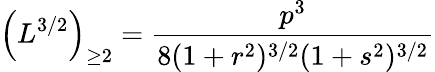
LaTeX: \left(L^{{3}/{2}}\right)_{\geq 2}=\frac{p^{3}}{8(1+r^{2})^{3/2}(1+s^{2})^{3/2}}